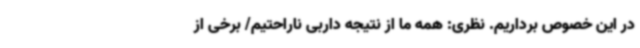
در این خصوص برداریم. نظری: همه ما از نتیجه داربی ناراحتیم/ برخی از